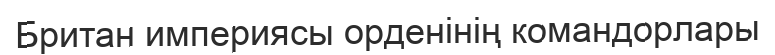
Британ империясы орденінің командорлары